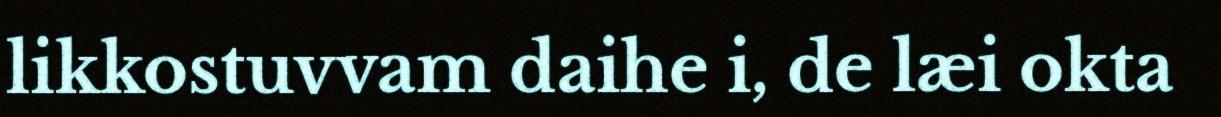
likkostuvvam daihe i, de læi okta